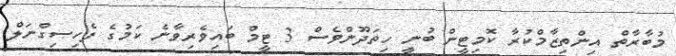
މުބާރާތް އިންތިޒާމްކުރާ ކޮމިޓީން ބުނީ ހިތަދޫންވެސް 3 ޓީމް ބައިވެރިވާނެ ކަމުގެ ފެހިސިގްނަލް